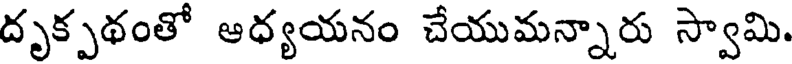
దృక్పథంతో ఆధ్యయనం చేయుమన్నారు స్వామి.